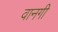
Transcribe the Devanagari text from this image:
वानगी